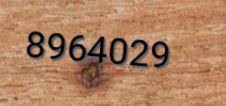
8964029